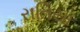
રાતિયા